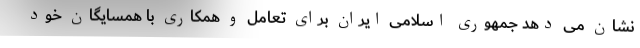
نشان می دهد جمهوری اسلامی ایران برای تعامل و همکاری با همسایگان خود